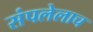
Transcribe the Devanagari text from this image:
संपलेलाच